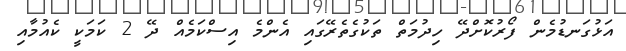
އަޅުގަނޑުމެން ފޯރުކޮށްދޭ ހިދުމަތް ތަކުގެތެރޭގައި އެންމެ އިސްކަމެއް ދޭ 2 ކަމަކީ ކެއުމާއި